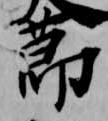
節